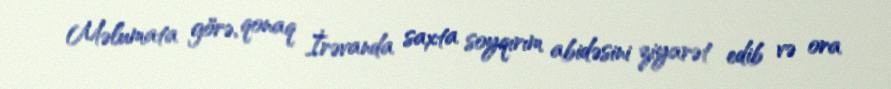
Məlumata görə, qonaq İrəvanda saxta soyqırım abidəsini ziyarət edib və ora